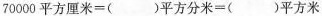
70000平方厘米=()平方分米=()平方米